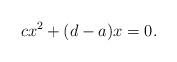
LaTeX: \begin{align*}cx^2+(d-a)x=0.\end{align*}